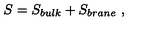
S = S _ { b u l k } + S _ { b r a n e } \ ,